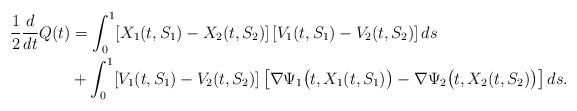
LaTeX: \begin{align*}\frac{1}{2}\frac{d}{dt} Q(t)&=\int_0^1 [X_1(t,S_1)-X_2(t,S_2)]\,[V_1(t,S_1)-V_2(t,S_2)]\,ds\\&+\int_0^1 [V_1(t,S_1)-V_2(t,S_2)]\,\bigl[\nabla\Psi_1\bigl(t,X_1(t, S_1)\bigr)-\nabla\Psi_2\bigl(t,X_2(t, S_2)\bigr)\bigr]\,ds.\end{align*}